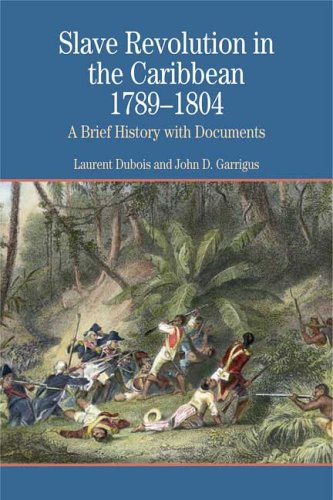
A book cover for Slave Revolution in the Caribbean, 1789-1804: A Brief History with Documents (Bedford Cultural Editions Series); Laurent Dubois; History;